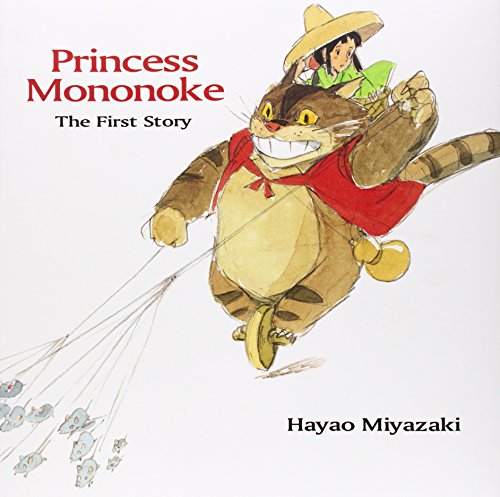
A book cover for Princess Mononoke: The First Story; Hayao Miyazaki; Humor & Entertainment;